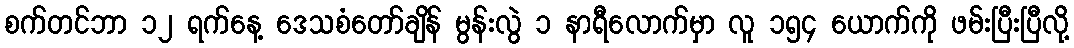
စက်တင်ဘာ ၁၂ ရက်နေ့ ဒေသစံတော်ချိန် မွန်းလွဲ ၁ နာရီလောက်မှာ လူ ၁၅၄ ယောက်ကို ဖမ်းပြီးပြီလို့